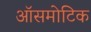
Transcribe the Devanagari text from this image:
ऑसमोटिक